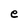
Character: e